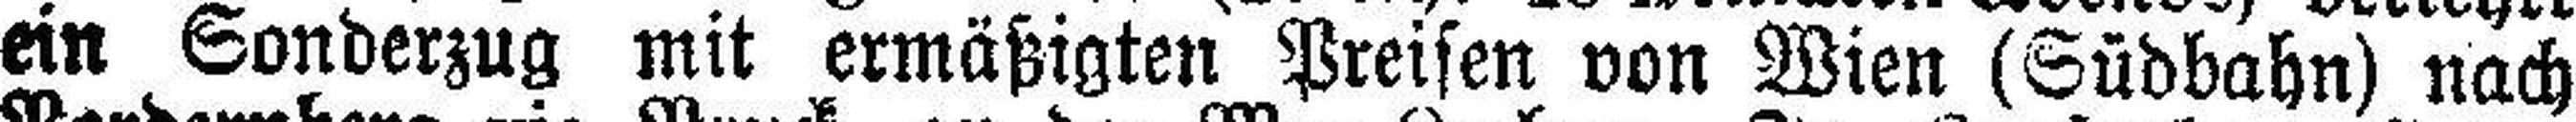
ein Sonderzug mit ermäßigten Preisen von Wien (Südbahn) nach